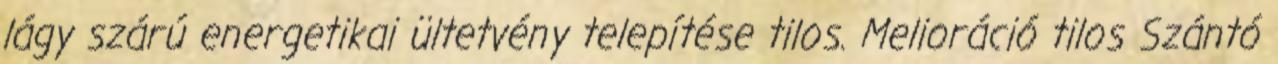
lágy szárú energetikai ültetvény telepítése tilos. Melioráció tilos Szántó